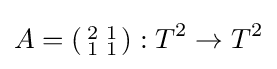
A=\left({\begin{smallmatrix}2&1\\1&1\end{smallmatrix}}\right):T^{2}\to T^{2}